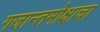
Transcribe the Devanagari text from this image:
गजान्तमोक्षाचा